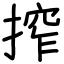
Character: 搾